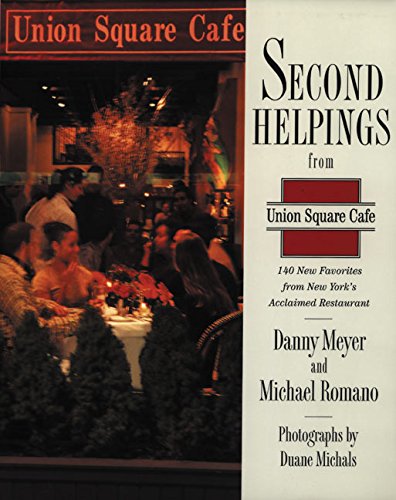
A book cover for Second Helpings from Union Square Cafe: 140 New Recipes from New York's Acclaimed Restaurant; Danny Meyer; Cookbooks, Food & Wine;